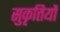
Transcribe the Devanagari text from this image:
सुकृतियों